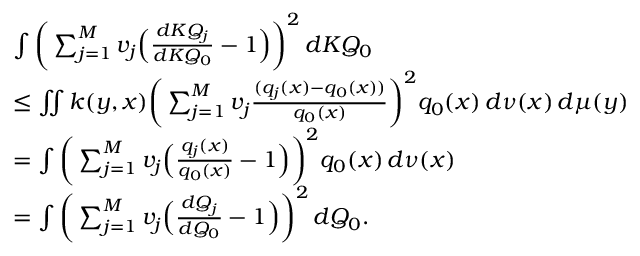
\begin{array} { r l } & { \int \bigg ( \sum _ { j = 1 } ^ { M } v _ { j } \Big ( \frac { d K Q _ { j } } { d K Q _ { 0 } } - 1 \Big ) \bigg ) ^ { 2 } \, d K Q _ { 0 } } \\ & { \leq \iint k ( y , x ) \bigg ( \sum _ { j = 1 } ^ { M } v _ { j } \frac { ( q _ { j } ( x ) - q _ { 0 } ( x ) ) } { q _ { 0 } ( x ) } \bigg ) ^ { 2 } q _ { 0 } ( x ) \, d \nu ( x ) \, d \mu ( y ) } \\ & { = \int \bigg ( \sum _ { j = 1 } ^ { M } v _ { j } \Big ( \frac { q _ { j } ( x ) } { q _ { 0 } ( x ) } - 1 \Big ) \bigg ) ^ { 2 } q _ { 0 } ( x ) \, d \nu ( x ) } \\ & { = \int \bigg ( \sum _ { j = 1 } ^ { M } v _ { j } \Big ( \frac { d Q _ { j } } { d Q _ { 0 } } - 1 \Big ) \bigg ) ^ { 2 } \, d Q _ { 0 } . } \end{array}